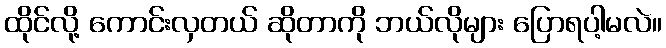
ထိုင်လို့ ကောင်းလှတယ် ဆိုတာကို ဘယ်လိုများ ပြောရပါ့မလဲ။